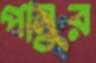
পানুর